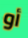
أو